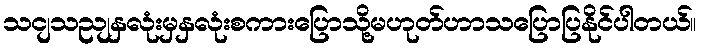
သငျသညျနှလုံးမှနှလုံးစကားပြောသို့မဟုတ်ဟာသပြောပြနိုင်ပါတယ်။